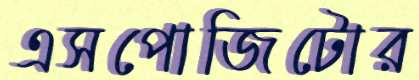
এসপোজিটোর